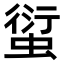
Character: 𧍢